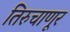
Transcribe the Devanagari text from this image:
तिरुचाणूर